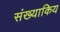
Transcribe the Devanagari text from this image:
संख्याकिय